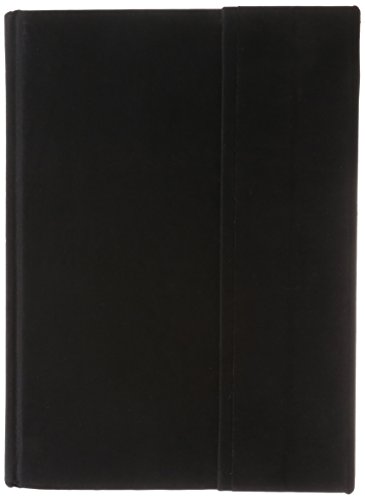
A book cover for Tibetan Book of the Dead (Illustrated Edition); Glen H. Mullin; Religion & Spirituality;